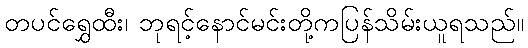
တပင်ရွှေထီး၊ ဘုရင့်နောင်မင်းတို့ကပြန်သိမ်းယူရသည်။